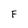
Character: F